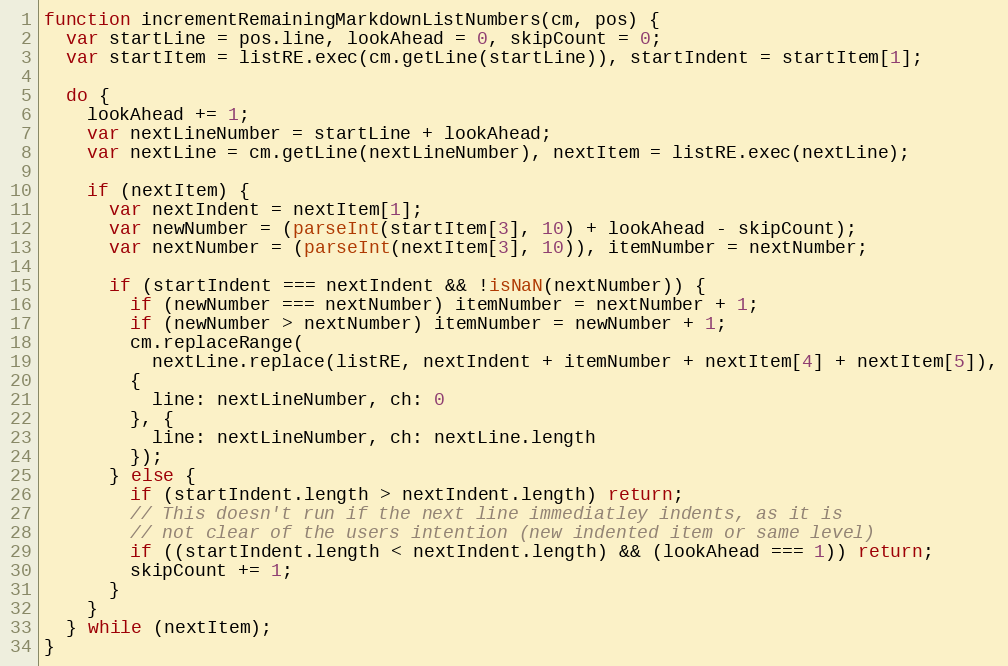
Language: JavaScript
function incrementRemainingMarkdownListNumbers(cm, pos) {
  var startLine = pos.line, lookAhead = 0, skipCount = 0;
  var startItem = listRE.exec(cm.getLine(startLine)), startIndent = startItem[1];

  do {
    lookAhead += 1;
    var nextLineNumber = startLine + lookAhead;
    var nextLine = cm.getLine(nextLineNumber), nextItem = listRE.exec(nextLine);

    if (nextItem) {
      var nextIndent = nextItem[1];
      var newNumber = (parseInt(startItem[3], 10) + lookAhead - skipCount);
      var nextNumber = (parseInt(nextItem[3], 10)), itemNumber = nextNumber;

      if (startIndent === nextIndent && !isNaN(nextNumber)) {
        if (newNumber === nextNumber) itemNumber = nextNumber + 1;
        if (newNumber > nextNumber) itemNumber = newNumber + 1;
        cm.replaceRange(
          nextLine.replace(listRE, nextIndent + itemNumber + nextItem[4] + nextItem[5]),
        {
          line: nextLineNumber, ch: 0
        }, {
          line: nextLineNumber, ch: nextLine.length
        });
      } else {
        if (startIndent.length > nextIndent.length) return;
        // This doesn't run if the next line immediatley indents, as it is
        // not clear of the users intention (new indented item or same level)
        if ((startIndent.length < nextIndent.length) && (lookAhead === 1)) return;
        skipCount += 1;
      }
    }
  } while (nextItem);
}